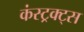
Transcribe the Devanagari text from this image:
कंस्ट्रक्ट्स